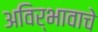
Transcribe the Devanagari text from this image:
अविर्भावाचे